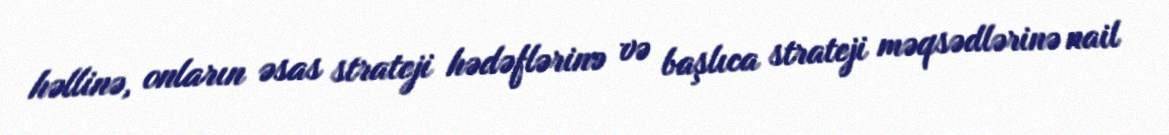
həllinə, onların əsas strateji hədəflərinə və başlıca strateji məqsədlərinə nail